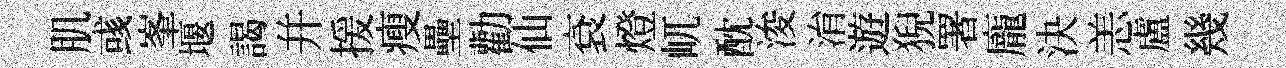
肌彧峯堰謁并援瘦壘勸仙袞燈屼酖浚㳙遊猊署龐決恙盧幾